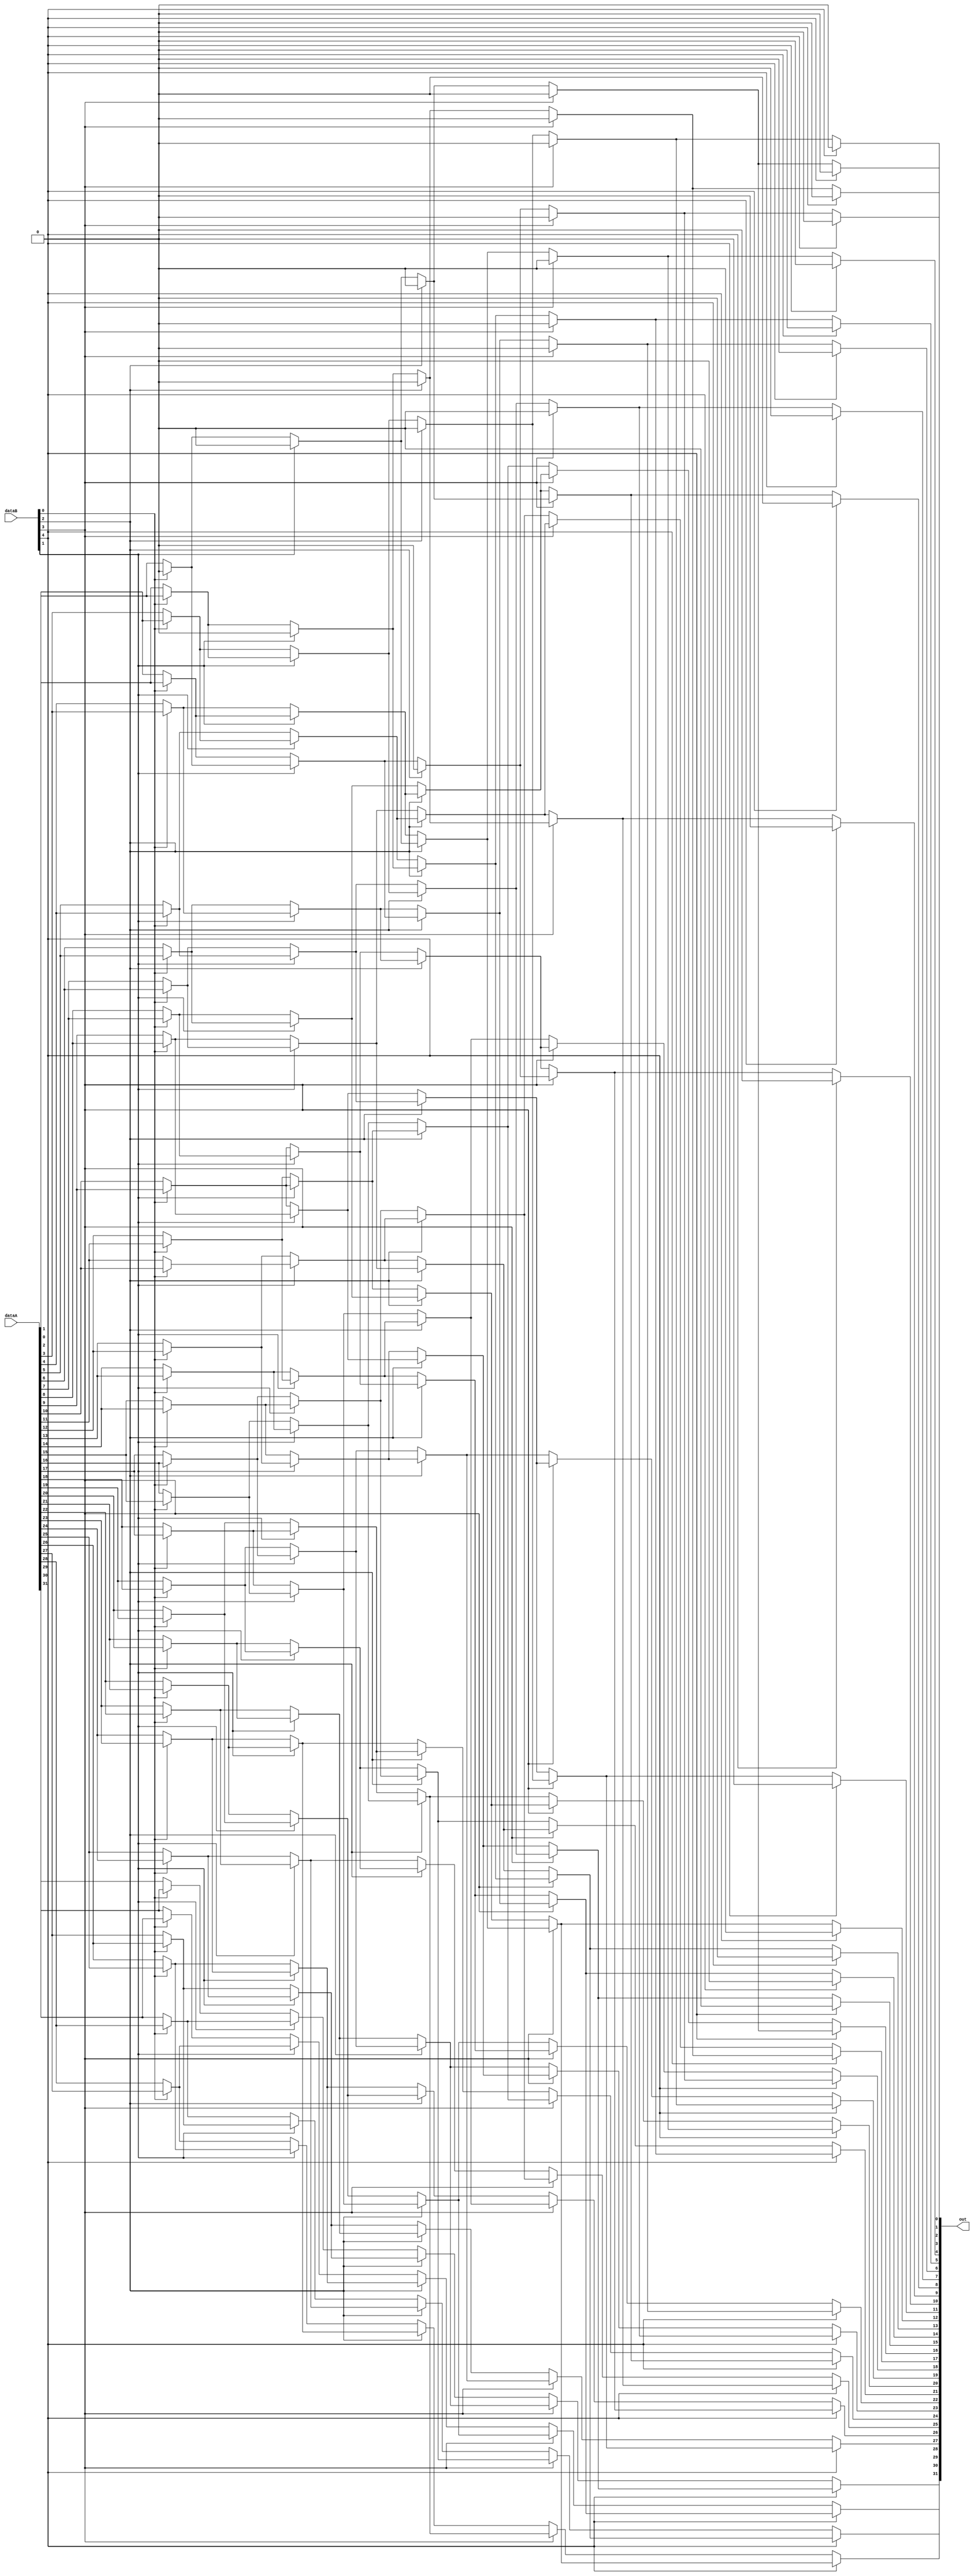
module shifter( dataA, dataB, out );

input [31:0] dataA;
input [4:0] dataB;
output wire [31:0] out;

wire [31:0] temp, temp1, temp2, temp3, temp4 ;

assign temp[0] = dataB[0] ? 1'b0:dataA[0];
assign temp[1] = dataB[0] ? dataA[0]:dataA[1];
assign temp[2] = dataB[0] ? dataA[1]:dataA[2];
assign temp[3] = dataB[0] ? dataA[2]:dataA[3];
assign temp[4] = dataB[0] ? dataA[3]:dataA[4];
assign temp[5] = dataB[0] ? dataA[4]:dataA[5];
assign temp[6] = dataB[0] ? dataA[5]:dataA[6];
assign temp[7] = dataB[0] ? dataA[6]:dataA[7];
assign temp[8] = dataB[0] ? dataA[7]:dataA[8];
assign temp[9] = dataB[0] ? dataA[8]:dataA[9];
assign temp[10] = dataB[0] ? dataA[9]:dataA[10];
assign temp[11] = dataB[0] ? dataA[10]:dataA[11];
assign temp[12] = dataB[0] ? dataA[11]:dataA[12];
assign temp[13] = dataB[0] ? dataA[12]:dataA[13];
assign temp[14] = dataB[0] ? dataA[13]:dataA[14];
assign temp[15] = dataB[0] ? dataA[14]:dataA[15];
assign temp[16] = dataB[0] ? dataA[15]:dataA[16];
assign temp[17] = dataB[0] ? dataA[16]:dataA[17];
assign temp[18] = dataB[0] ? dataA[17]:dataA[18];
assign temp[19] = dataB[0] ? dataA[18]:dataA[19];
assign temp[20] = dataB[0] ? dataA[19]:dataA[20];
assign temp[21] = dataB[0] ? dataA[20]:dataA[21];
assign temp[22] = dataB[0] ? dataA[21]:dataA[22];
assign temp[23] = dataB[0] ? dataA[22]:dataA[23];
assign temp[24] = dataB[0] ? dataA[23]:dataA[24];
assign temp[25] = dataB[0] ? dataA[24]:dataA[25];
assign temp[26] = dataB[0] ? dataA[25]:dataA[26];
assign temp[27] = dataB[0] ? dataA[26]:dataA[27];
assign temp[28] = dataB[0] ? dataA[27]:dataA[28];
assign temp[29] = dataB[0] ? dataA[28]:dataA[29];
assign temp[30] = dataB[0] ? dataA[29]:dataA[30];
assign temp[31] = dataB[0] ? dataA[30]:dataA[31];

assign temp1[0] = dataB[1] ? 1'b0:temp[0];
assign temp1[1] = dataB[1] ? 1'b0:temp[1];
assign temp1[2] = dataB[1] ? temp[0]:temp[2];
assign temp1[3] = dataB[1] ? temp[1]:temp[3];
assign temp1[4] = dataB[1] ? temp[2]:temp[4];
assign temp1[5] = dataB[1] ? temp[3]:temp[5];
assign temp1[6] = dataB[1] ? temp[4]:temp[6];
assign temp1[7] = dataB[1] ? temp[5]:temp[7];
assign temp1[8] = dataB[1] ? temp[6]:temp[8];
assign temp1[9] = dataB[1] ? temp[7]:temp[9];
assign temp1[10] = dataB[1] ? temp[8]:temp[10];
assign temp1[11] = dataB[1] ? temp[9]:temp[10];
assign temp1[12] = dataB[1] ? temp[10]:temp[12];
assign temp1[13] = dataB[1] ? temp[11]:temp[13];
assign temp1[14] = dataB[1] ? temp[12]:temp[14];
assign temp1[15] = dataB[1] ? temp[13]:temp[15];
assign temp1[16] = dataB[1] ? temp[14]:temp[16];
assign temp1[17] = dataB[1] ? temp[15]:temp[17];
assign temp1[18] = dataB[1] ? temp[16]:temp[18];
assign temp1[19] = dataB[1] ? temp[17]:temp[19];
assign temp1[20] = dataB[1] ? temp[18]:temp[20];
assign temp1[21] = dataB[1] ? temp[19]:temp[21];
assign temp1[22] = dataB[1] ? temp[20]:temp[22];
assign temp1[23] = dataB[1] ? temp[21]:temp[23];
assign temp1[24] = dataB[1] ? temp[22]:temp[24];
assign temp1[25] = dataB[1] ? temp[23]:temp[25];
assign temp1[26] = dataB[1] ? temp[24]:temp[26];
assign temp1[27] = dataB[1] ? temp[25]:temp[27];
assign temp1[28] = dataB[1] ? temp[26]:temp[28];
assign temp1[29] = dataB[1] ? temp[27]:temp[29];
assign temp1[30] = dataB[1] ? temp[28]:temp[30];
assign temp1[31] = dataB[1] ? temp[29]:temp[31];

assign temp2[0] = dataB[2] ? 1'b0:temp1[0];
assign temp2[1] = dataB[2] ? 1'b0:temp1[1];
assign temp2[2] = dataB[2] ? 1'b0:temp1[2];
assign temp2[3] = dataB[2] ? 1'b0:temp1[3];
assign temp2[4] = dataB[2] ? temp1[0]:temp1[4];
assign temp2[5] = dataB[2] ? temp1[1]:temp1[5];
assign temp2[6] = dataB[2] ? temp1[2]:temp1[6];
assign temp2[7] = dataB[2] ? temp1[3]:temp1[7];
assign temp2[8] = dataB[2] ? temp1[4]:temp1[8];
assign temp2[9] = dataB[2] ? temp1[5]:temp1[9];
assign temp2[10] = dataB[2] ? temp1[6]:temp1[10];
assign temp2[11] = dataB[2] ? temp1[7]:temp1[11];
assign temp2[12] = dataB[2] ? temp1[8]:temp1[12];
assign temp2[13] = dataB[2] ? temp1[9]:temp1[13];
assign temp2[14] = dataB[2] ? temp1[10]:temp1[14];
assign temp2[15] = dataB[2] ? temp1[11]:temp1[15];
assign temp2[16] = dataB[2] ? temp1[12]:temp1[16];
assign temp2[17] = dataB[2] ? temp1[13]:temp1[17];
assign temp2[18] = dataB[2] ? temp1[14]:temp1[18];
assign temp2[19] = dataB[2] ? temp1[15]:temp1[19];
assign temp2[20] = dataB[2] ? temp1[16]:temp1[20];
assign temp2[21] = dataB[2] ? temp1[17]:temp1[21];
assign temp2[22] = dataB[2] ? temp1[18]:temp1[22];
assign temp2[23] = dataB[2] ? temp1[19]:temp1[23];
assign temp2[24] = dataB[2] ? temp1[20]:temp1[24];
assign temp2[25] = dataB[2] ? temp1[21]:temp1[25];
assign temp2[26] = dataB[2] ? temp1[22]:temp1[26];
assign temp2[27] = dataB[2] ? temp1[23]:temp1[27];
assign temp2[28] = dataB[2] ? temp1[24]:temp1[28];
assign temp2[29] = dataB[2] ? temp1[25]:temp1[29];
assign temp2[30] = dataB[2] ? temp1[26]:temp1[30];
assign temp2[31] = dataB[2] ? temp1[27]:temp1[31];

assign temp3[0] = dataB[3] ? 1'b0:temp2[0];
assign temp3[1] = dataB[3] ? 1'b0:temp2[1];
assign temp3[2] = dataB[3] ? 1'b0:temp2[2];
assign temp3[3] = dataB[3] ? 1'b0:temp2[3];
assign temp3[4] = dataB[3] ? 1'b0:temp2[4];
assign temp3[5] = dataB[3] ? 1'b0:temp2[5];
assign temp3[6] = dataB[3] ? 1'b0:temp2[6];
assign temp3[7] = dataB[3] ? 1'b0:temp2[7];
assign temp3[8] = dataB[3] ? temp2[0]:temp2[8];
assign temp3[9] = dataB[3] ? temp2[1]:temp2[9];
assign temp3[10] = dataB[3] ? temp2[2]:temp2[10];
assign temp3[11] = dataB[3] ? temp2[3]:temp2[11];
assign temp3[12] = dataB[3] ? temp2[4]:temp2[12];
assign temp3[13] = dataB[3] ? temp2[5]:temp2[13];
assign temp3[14] = dataB[3] ? temp2[6]:temp2[14];
assign temp3[15] = dataB[3] ? temp2[7]:temp2[15];
assign temp3[16] = dataB[3] ? temp2[8]:temp2[16];
assign temp3[17] = dataB[3] ? temp2[9]:temp2[17];
assign temp3[18] = dataB[3] ? temp2[10]:temp2[18];
assign temp3[19] = dataB[3] ? temp2[11]:temp2[19];
assign temp3[20] = dataB[3] ? temp2[12]:temp2[20];
assign temp3[21] = dataB[3] ? temp2[13]:temp2[21];
assign temp3[22] = dataB[3] ? temp2[14]:temp2[22];
assign temp3[23] = dataB[3] ? temp2[15]:temp2[23];
assign temp3[24] = dataB[3] ? temp2[16]:temp2[24];
assign temp3[25] = dataB[3] ? temp2[17]:temp2[25];
assign temp3[26] = dataB[3] ? temp2[18]:temp2[26];
assign temp3[27] = dataB[3] ? temp2[19]:temp2[27];
assign temp3[28] = dataB[3] ? temp2[20]:temp2[28];
assign temp3[29] = dataB[3] ? temp2[21]:temp2[29];
assign temp3[30] = dataB[3] ? temp2[22]:temp2[30];
assign temp3[31] = dataB[3] ? temp2[23]:temp2[31];

assign temp4[0] = dataB[4] ? 1'b0:temp3[0];
assign temp4[1] = dataB[4] ? 1'b0:temp3[1];
assign temp4[2] = dataB[4] ? 1'b0:temp3[2];
assign temp4[3] = dataB[4] ? 1'b0:temp3[3];
assign temp4[4] = dataB[4] ? 1'b0:temp3[4];
assign temp4[5] = dataB[4] ? 1'b0:temp3[5];
assign temp4[6] = dataB[4] ? 1'b0:temp3[6];
assign temp4[7] = dataB[4] ? 1'b0:temp3[7];
assign temp4[8] = dataB[4] ? 1'b0:temp3[8];
assign temp4[9] = dataB[4] ? 1'b0:temp3[9];
assign temp4[10] = dataB[4] ? 1'b0:temp3[10];
assign temp4[11] = dataB[4] ? 1'b0:temp3[11];
assign temp4[12] = dataB[4] ? 1'b0:temp3[12];
assign temp4[13] = dataB[4] ? 1'b0:temp3[13];
assign temp4[14] = dataB[4] ? 1'b0:temp3[14];
assign temp4[15] = dataB[4] ? 1'b0:temp3[15];
assign temp4[16] = dataB[4] ? temp3[0]:temp3[16];
assign temp4[17] = dataB[4] ? temp3[1]:temp3[17];
assign temp4[18] = dataB[4] ? temp3[2]:temp3[18];
assign temp4[19] = dataB[4] ? temp3[3]:temp3[19];
assign temp4[20] = dataB[4] ? temp3[4]:temp3[20];
assign temp4[21] = dataB[4] ? temp3[5]:temp3[21];
assign temp4[22] = dataB[4] ? temp3[6]:temp3[22];
assign temp4[23] = dataB[4] ? temp3[7]:temp3[23];
assign temp4[24] = dataB[4] ? temp3[8]:temp3[24];
assign temp4[25] = dataB[4] ? temp3[9]:temp3[25];
assign temp4[26] = dataB[4] ? temp3[10]:temp3[26];
assign temp4[27] = dataB[4] ? temp3[11]:temp3[27];
assign temp4[28] = dataB[4] ? temp3[12]:temp3[28];
assign temp4[29] = dataB[4] ? temp3[13]:temp3[29];
assign temp4[30] = dataB[4] ? temp3[14]:temp3[30];
assign temp4[31] = dataB[4] ? temp3[15]:temp3[31];

assign out = temp4;

endmodule